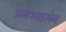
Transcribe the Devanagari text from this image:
अनभ्यासेन